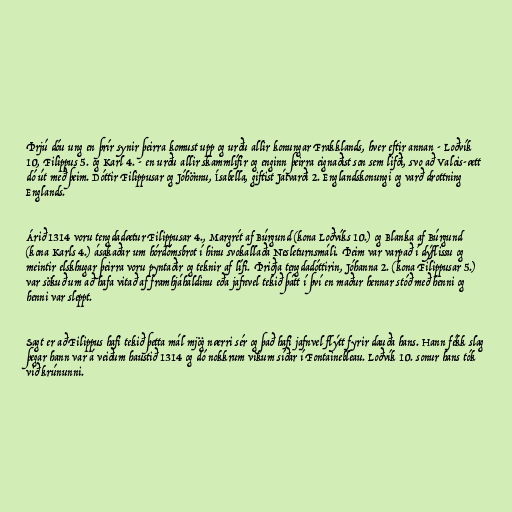
Þrjú dóu ung en þrír synir þeirra komust upp og urðu allir konungar Frakklands, hver eftir annan - Loðvík
10, Filippus 5. og Karl 4. - en urðu allir skammlífir og enginn þeirra eignaðist son sem lifði, svo að Valois-ætt
dó út með þeim. Dóttir Filippusar og Jóhönnu, Ísabella, giftist Játvarði 2. Englandskonungi og varð drottning
Englands.

Árið 1314 voru tengdadætur Filippusar 4., Margrét af Búrgund (kona Loðvíks 10.) og Blanka af Búrgund
(kona Karls 4.) ásakaðar um hórdómsbrot í hinu svokallaða Nesleturnsmáli. Þeim var varpað í dýflissu og
meintir elskhugar þeirra voru pyntaðir og teknir af lífi. Þriðja tengdadóttirin, Jóhanna 2. (kona Filippusar 5.)
var sökuð um að hafa vitað af framhjáhaldinu eða jafnvel tekið þátt í því en maður hennar stóð með henni og
henni var sleppt.

Sagt er að Filippus hafi tekið þetta mál mjög nærri sér og það hafi jafnvel flýtt fyrir dauða hans. Hann fékk slag
þegar hann var á veiðum haustið 1314 og dó nokkrum vikum síðar í Fontainebleau. Loðvík 10. sonur hans tók
við krúnunni.